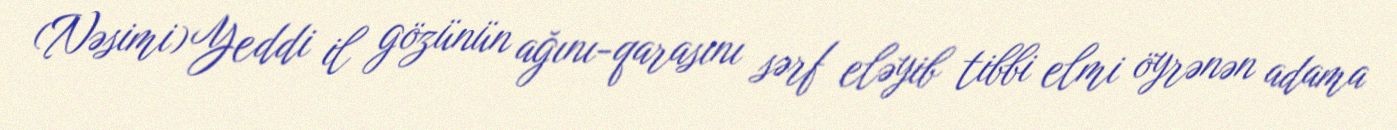
(Nəsimi) Yeddi il gözünün ağını-qarasını sərf eləyib tibbi elmi öyrənən adama